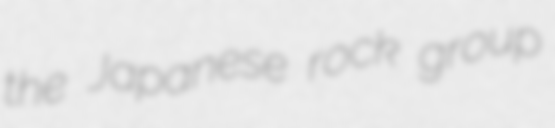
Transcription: the Japanese rock group